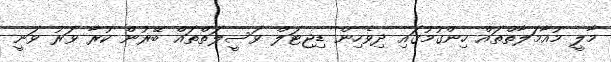
މާލީ މުއާމަލާތްތައް ހިންގުމުގައި ދިވެހިން ޑިޖިޓަލް ވަސީލަތްތައް ބޭރުން ކުރާ ވަރު ވަނީ